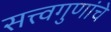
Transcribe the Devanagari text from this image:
सत्त्वगुणांचे